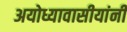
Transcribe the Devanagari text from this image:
अयोध्यावासीयांनी